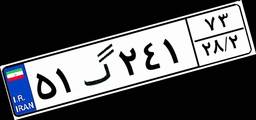
۵۱گ۲۴۱۷۳